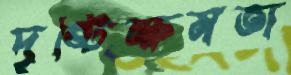
দৃষ্টিক্ষমতা